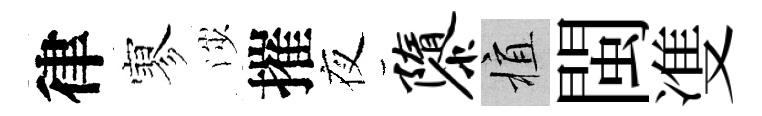
律寥渉摧夜隳植閩㕠